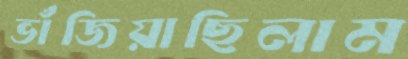
ভাঁজিয়াছিলাম